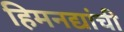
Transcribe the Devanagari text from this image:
हिमनद्यांची